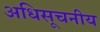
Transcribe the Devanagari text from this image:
अधिसूचनीय